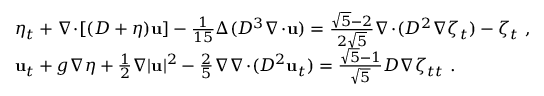
\begin{array} { r l } & { \eta _ { t } + \nabla \! \cdot \! [ ( D + \eta ) \mathbf { u } ] - \frac { 1 } { 1 5 } \Delta ( D ^ { 3 } \nabla \! \cdot \! \mathbf { u } ) = \frac { \sqrt { 5 } - 2 } { 2 \sqrt { 5 } } \nabla \! \cdot \! ( D ^ { 2 } \nabla \zeta _ { t } ) - \zeta _ { t } \ , } \\ & { \mathbf { u } _ { t } + g \nabla \eta + \frac { 1 } { 2 } \nabla | \mathbf { u } | ^ { 2 } - \frac { 2 } { 5 } \nabla \nabla \! \cdot \! ( D ^ { 2 } \mathbf { u } _ { t } ) = \frac { \sqrt { 5 } - 1 } { \sqrt { 5 } } D \nabla \zeta _ { t t } \ . } \end{array}